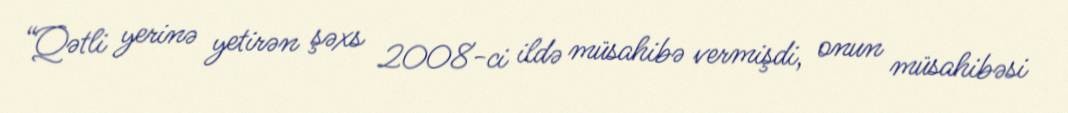
“Qətli yerinə yetirən şəxs 2008-ci ildə müsahibə vermişdi, onun müsahibəsi